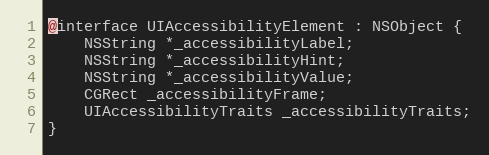
Language: C
@interface UIAccessibilityElement : NSObject {
    NSString *_accessibilityLabel;
    NSString *_accessibilityHint;
    NSString *_accessibilityValue;
    CGRect _accessibilityFrame;
    UIAccessibilityTraits _accessibilityTraits;
}